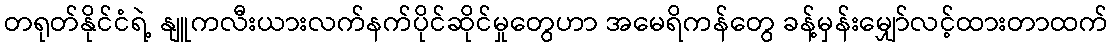
တရုတ်နိုင်ငံရဲ့ နျူကလီးယားလက်နက်ပိုင်ဆိုင်မှုတွေဟာ အမေရိကန်တွေ ခန့်မှန်းမျှော်လင့်ထားတာထက်